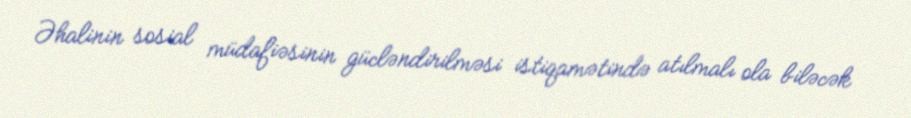
Əhalinin sosial müdafiəsinin gücləndirilməsi istiqamətində atılmalı ola biləcək